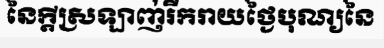
នៃក្តីស្រឡាញ់រីករាយថ្ងៃបុណ្យនៃ